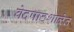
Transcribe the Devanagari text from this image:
वेदपाठशाळेत